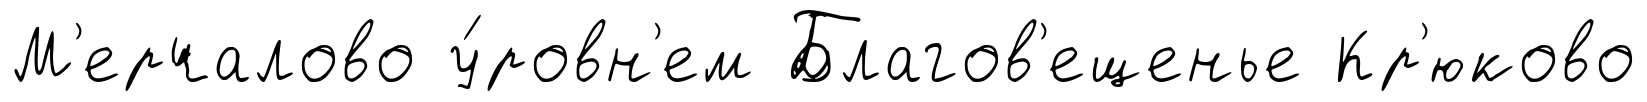
М'ерчалово у́ровн'ем Благов'ещенье Кр'юково